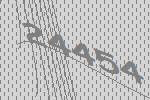
24454